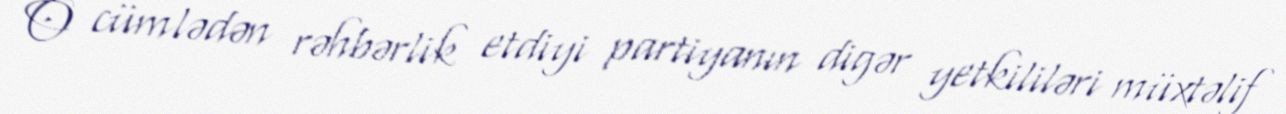
O cümlədən rəhbərlik etdiyi partiyanın digər yetkililəri müxtəlif